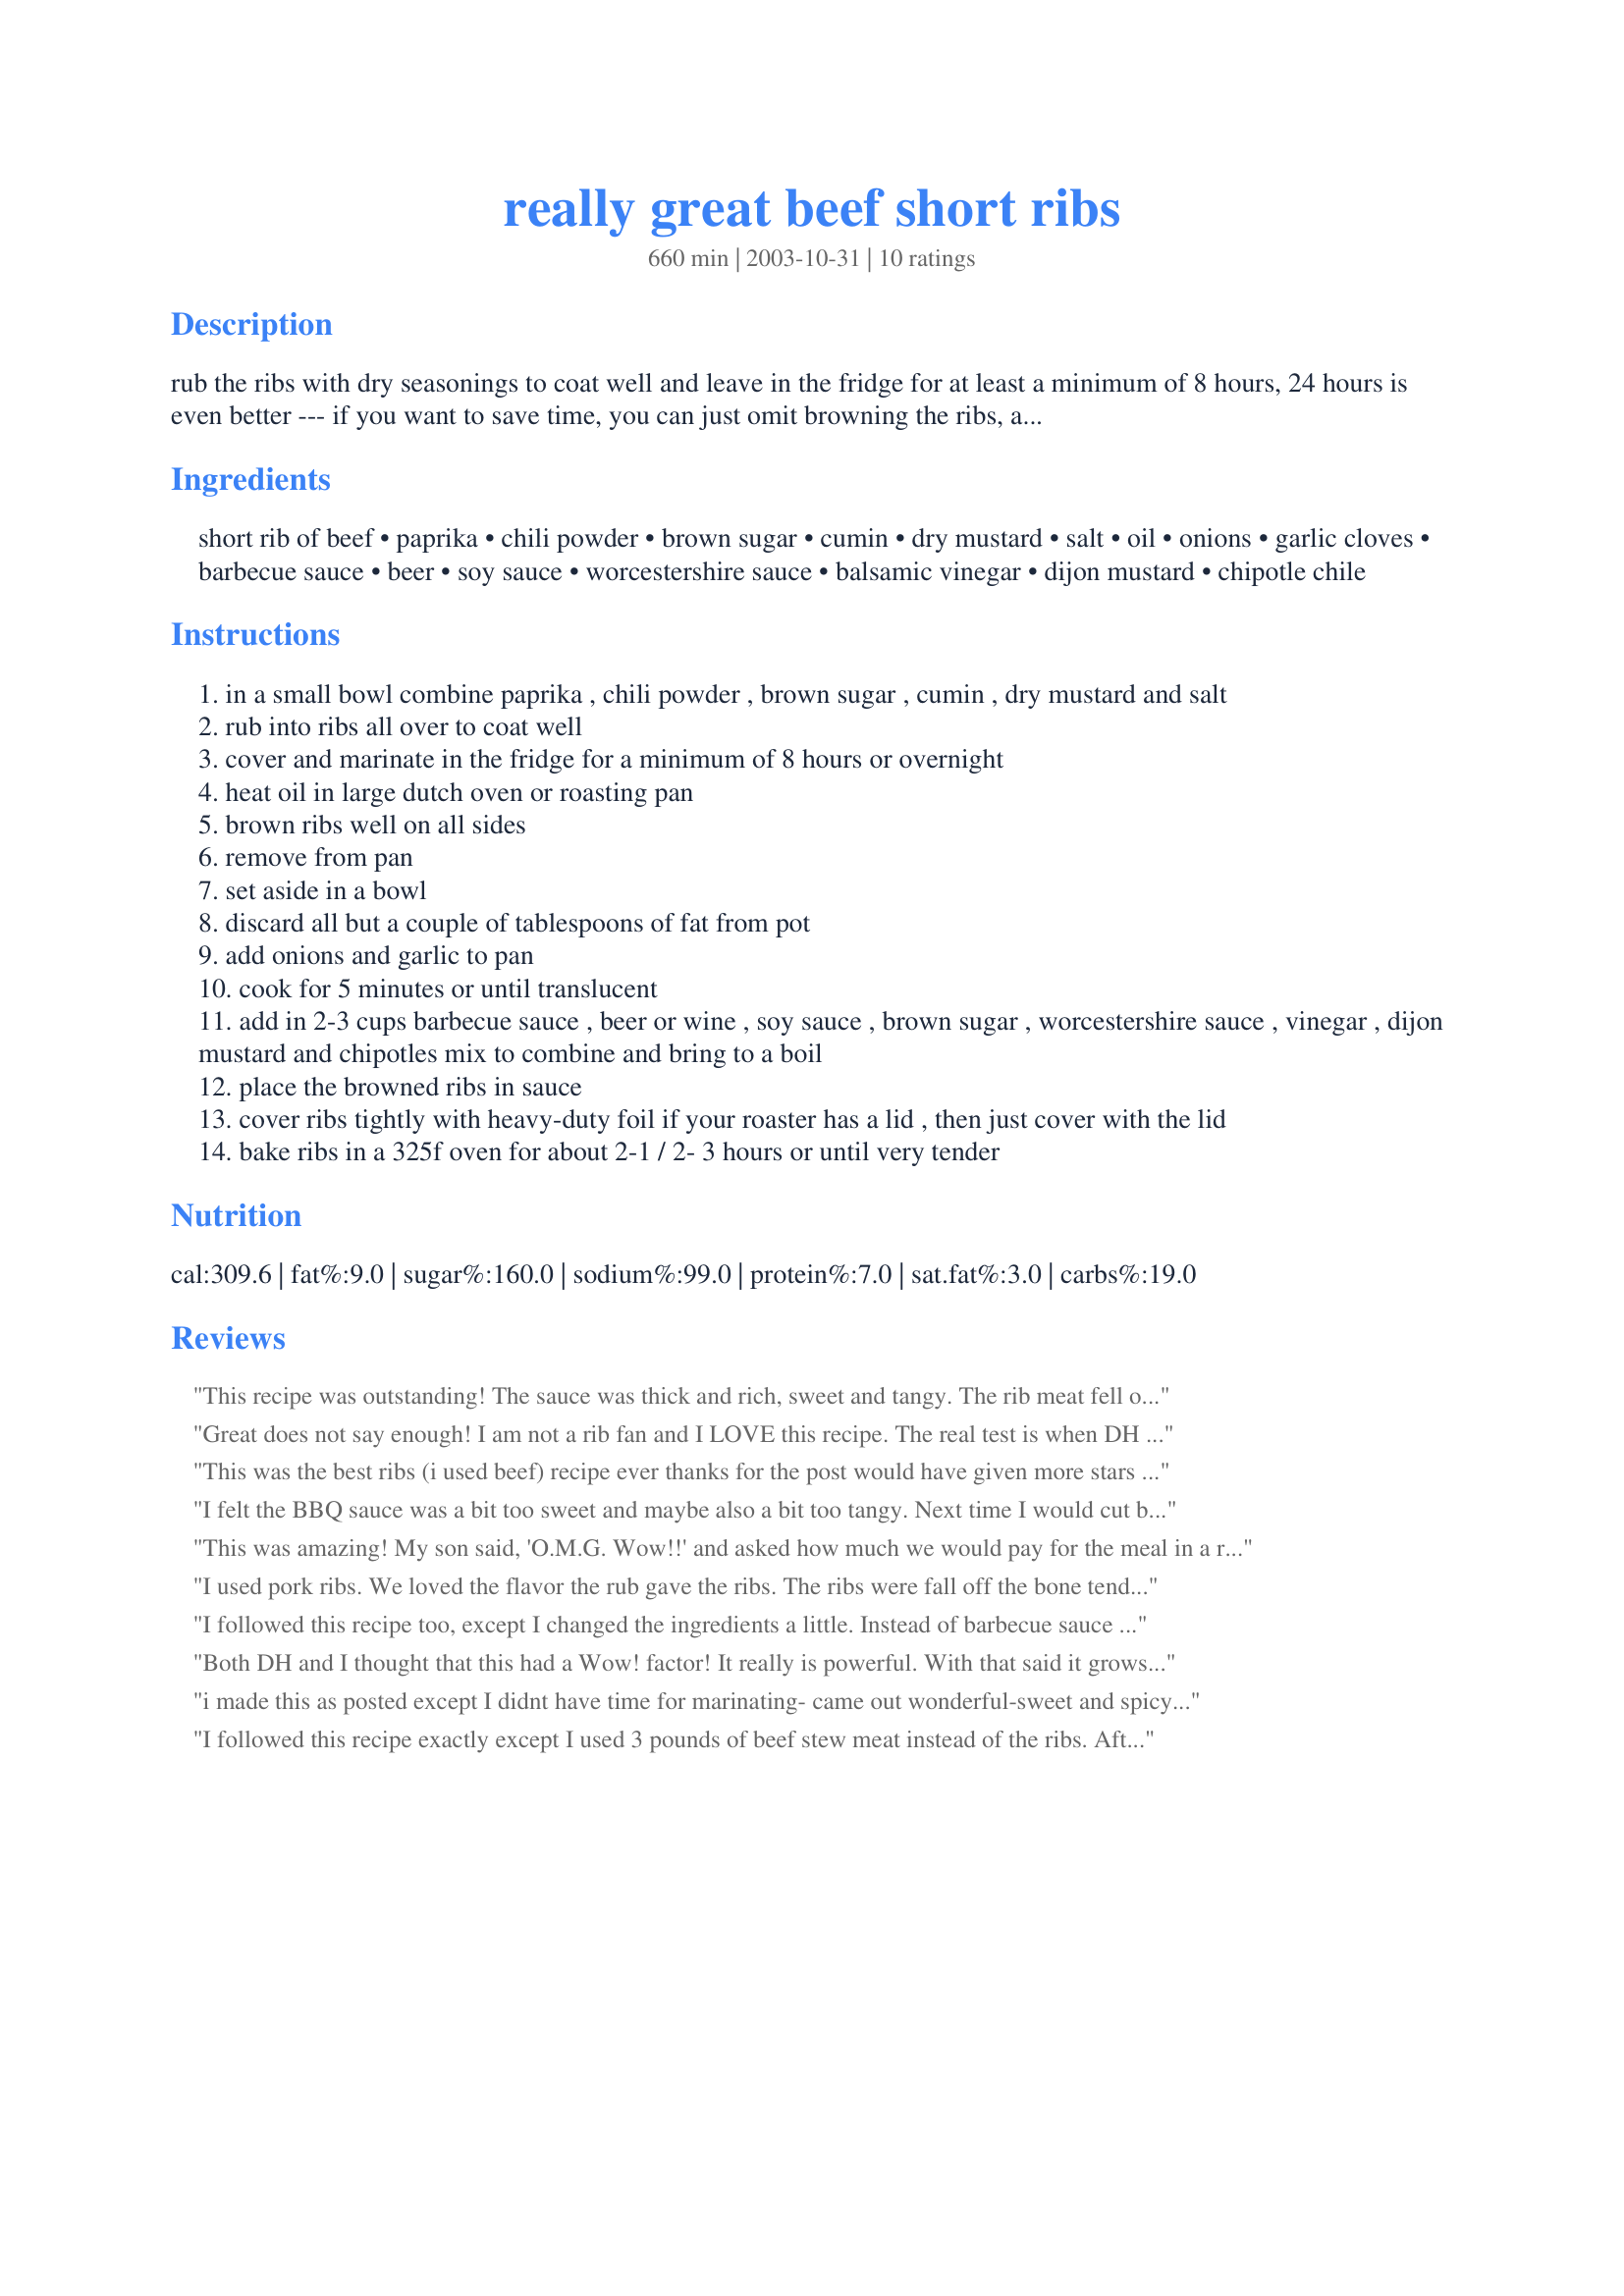
really great beef short ribs
Preparation time: 660 minutes

rub the ribs with dry seasonings to coat well and leave in the fridge for at least a minimum of 8 hours, 24 hours is even better --- if you want to save time, you can just omit browning the ribs, and add in the onions and garlic right into the sauce, i prefer to brown first --- this is very good!

Ingredients:
short rib of beef, paprika, chili powder, brown sugar, cumin, dry mustard, salt, oil, onions, garlic cloves, barbecue sauce, beer, soy sauce, worcestershire sauce, balsamic vinegar, dijon mustard, chipotle chile

Steps:
in a small bowl combine paprika , chili powder , brown sugar , cumin , dry mustard and salt
rub into ribs all over to coat well
cover and marinate in the fridge for a minimum of 8 hours or overnight
heat oil in large dutch oven or roasting pan
brown ribs well on all sides
remove from pan
set aside in a bowl
discard all but a couple of tablespoons of fat from pot
add onions and garlic to pan
cook for 5 minutes or until translucent
add in 2-3 cups barbecue sauce , beer or wine , soy sauce , brown sugar , worcestershire sauce , vinegar , dijon mustard and chipotles mix to combine and bring to a boil
place the browned ribs in sauce
cover ribs tightly with heavy-duty foil if your roaster has a lid , then just cover with the lid
bake ribs in a 325f oven for about 2-1 / 2- 3 hours or until very tender

Reviews:
This recipe was outstanding! The sauce was thick and rich, sweet and tangy. The rib meat fell off the bones and was very tender. Great recipe that I will try again.
Great does not say enough! I am not a rib fan and I LOVE this recipe. The real test is when DH gets home tonight! This is definately going in my cookbook.
This was the best ribs (i used beef) recipe ever thanks for the post would have given more stars if I could!!!!!!!!!!!!!
I felt the BBQ sauce was a bit too sweet and maybe also a bit too tangy. Next time I would cut both brown sugar and vinegar in half. When I browned the meat, the rub burned. I was afraid the burned flavor would mess up the sauce, so I washed the pan between the meat and the onion. I&#039;m sure that lost a lot of the flavor, but it was still quite flavorful. (I was surprised at how thick the sauce was without any thickener.) I used just 2 cups of BBQ sauce, and that was more than enough sauce. I would only recommend using 3 cups if you have a LOT of meat. The ingredient list is pretty long, but it was not hard to put it all together, as I mixed the sauce ingredients while the meat was browning. Overall, I think this recipe was just OK and not &quot;really great&quot; as the name suggests. I doubt I&#039;ll make it again.
This was amazing! My son said, 'O.M.G. Wow!!' and asked how much we would pay for the meal in a restaurant. Definitely a new household favourite.
I used pork ribs. We loved the flavor the rub gave the ribs. The ribs were fall off the bone tender.
We did not care for the sauce. We found it to be greasey. Used our own sauce when serving. Maybe due to using pork?
Will make again using beef ribs and still cooking them in the sauce.
I followed this recipe too, except I changed the ingredients a little. Instead of barbecue sauce I used two 12 ounce bottles of chili sauce and eliminated the brown sugar in the sauce portion of the recipe. Still used the brown sugar in the rub though. Excellent recipe....!!!!
Both DH and I thought that this had a Wow! factor! It really is powerful. With that said it grows on you and the more you taste it the more you like it. I made as posted with the exception on using boneless beef ribs and cooking in the cock pot. I did cook them in the oven for the last hour to thicken up the sauce. I served it with a side of rice. YUM!
i made this as posted except I didnt have time for marinating- came out wonderful-sweet and spicy-the ribs fell off the bone-I served these with rice-thanks kittencal for this great recipe
I followed this recipe exactly except I used 3 pounds of beef stew meat instead of the ribs. After after step 13, I cooked the meat in a crock pot for five hours on low instead of using the oven. The meat turned out tender and flavorful. The sauce is barbeque flavored, a bit on the sweet side, and has a slight tanginess to it. I toasted some bread with cheese slices in our toaster oven and topped it with the warm beef to make a delicious sandwich. The family raved.
